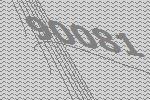
90081